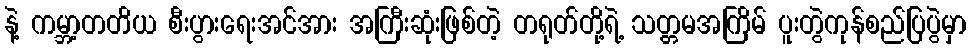
နဲ့ ကမ္ဘာ့တတိယ စီးပွားရေးအင်အား အကြီးဆုံးဖြစ်တဲ့ တရုတ်တို့ရဲ့ သတ္တမအကြိမ် ပူးတွဲကုန်စည်ပြပွဲမှာ